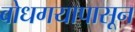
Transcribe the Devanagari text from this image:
बोधगयापासून